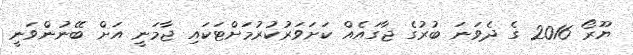
ޔޫރޯ 2016 ގެ ދެވަނަ ބުރުގެ ޖާގައެއް ކަށަވަރުކުރުމަށްޓަކައި ޖާމަނީ އަށް ބޭނުންވަނީ